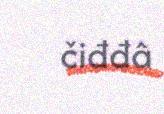
čiđđâ